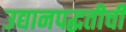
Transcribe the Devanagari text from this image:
उद्यानपद्धतीची